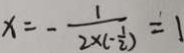
x = - \frac { 1 } { 2 \times ( - \frac { 1 } { 2 } ) } = 1